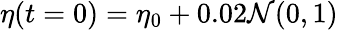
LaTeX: \eta(t=0)=\eta_{0}+0.02\mathcal{N}(0,1)